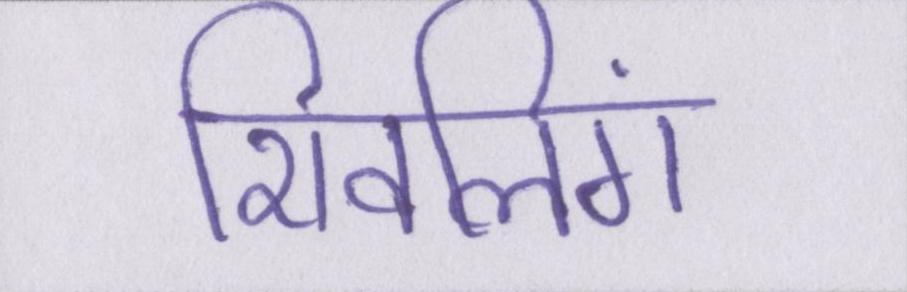
शिवलिंग